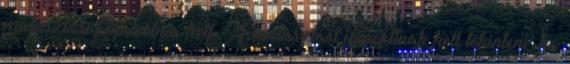
mulasztását igazolnia kell. A mulasztást igazoltnak kell tekinteni, ha